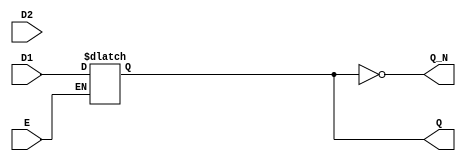
module dual_input_gated_latch (
    input wire D1,            // Data input 1
    input wire D2,            // Data input 2
    input wire E,             // Enable signal
    output reg Q,             // Output state
    output wire Q_N           // Complementary output
);

    // Assign complementary output
    assign Q_N = ~Q;

    // Always block to describe the latch behavior
    always @(*) begin
        if (E) begin
            // When Enable is high, select between D1 and D2
            // Here, you can implement additional selection logic if needed
            // For example, if you want to select D1 when D2 is high:
            // Q = D2 ? D1 : D2;  // Example selection logic
            Q = D1; // Default behavior: output D1 when E is high
        end
        // If Enable is low, Q retains its previous state
    end

endmodule